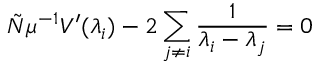
\tilde { N } \mu ^ { - 1 } V ^ { \prime } ( \lambda _ { i } ) - 2 \sum _ { j \neq i } \frac 1 { \lambda _ { i } - \lambda _ { j } } = 0